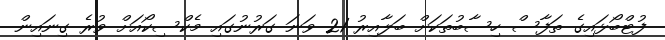
ފުޓްބޯޅައިގެ ތަފާސް ހިސާބުތަކަށް ބަލާއިރު 21 ވަނަ ގަރުނުގައި މެކްސިކޯއަށް ވުރެ ގިނައިން